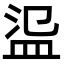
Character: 䀀